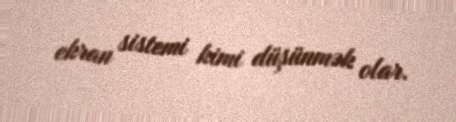
ekran sistemi kimi düşünmək olar.